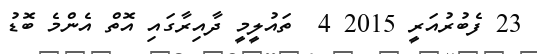
23 ފެބުރުއަރީ 2015 4  ތައުލީމީ ދާއިރާގައި އޮތް އެންމެ ބޮޑު